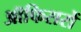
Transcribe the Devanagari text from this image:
ऑफिसरों